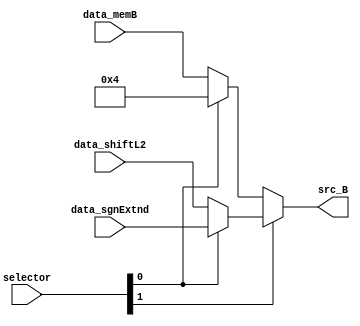
module mux_ALUsrcB(
    input wire      [1:0]  selector,
    input wire      [31:0] data_memB,
    input wire      [31:0] data_sgnExtnd,
    input wire      [31:0] data_shiftL2,
    output wire     [31:0] src_B
);
    wire [31:0] A1;
    wire [31:0] A2;

    assign A1 = (selector[0]) ? 32'b00000000000000000000000000000100 : data_memB;
    assign A2 = (selector[0]) ? data_sgnExtnd : data_shiftL2;
    assign src_B = (selector[1]) ?  A2 : A1 ;
  
endmodule